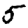
Digit: 5